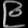
Digit: ၉